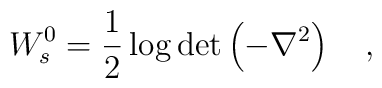
W_s^0=\frac 12\log\det\left(-\nabla^2\right)~~~,